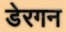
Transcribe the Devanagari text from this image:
डेरगन